system: You are a helpful assistant.
user:
Analyze the provided spectrum to determine if it is a **White Dwarf (WD)**.

A White Dwarf spectrum is defined by its **extreme purity** (due to gravitational settling) and/or **extreme pressure broadening** (due to high surface gravity). You must check for one of the following mutually exclusive signatures:

- **Key Visual Indicators (Check for ONE of these types):**

    - **1. DA-Type Signature (Most Common):**
        - **(Primary Feature):** Extreme pressure broadening (Stark broadening) of the **Hydrogen (H) Balmer lines**.
        - **(Key Lines):** $H\beta$ (approx. $4861$ Å) and $H\gamma$ (approx. $4340$ Å). $H\alpha$ (approx. $6563$ Å) will also be present if the wavelength range covers it.
        - **(Line Profile):** This is the **defining feature**. The lines are **NOT** sharp. They appear as massive, **extremely broad and deep "troughs" or "dips"** in the spectrum, often hundreds of Ångströms wide. The continuum will appear to "scoop" down at these wavelengths.
        - **(Distinction):** Normal A-type or B-type stars have *narrow* and *sharp* Hydrogen lines. A DA White Dwarf's lines are unmistakably "smeared" or "blurry" from pressure.

    - **2. DB-Type Signature:**
        - **(Primary Feature):** Broad absorption lines from **Neutral Helium (He I)**. The spectrum must lack any visible Hydrogen lines.
        - **(Key Lines):** Look for broad absorption near $4471$ Å, $4921$ Å, and $5876$ Å.
        - **(Line Profile):** These lines are also significantly pressure-broadened, appearing much wider than they would in a normal B-type main-sequence star.

    - **3. DC-Type Signature:**
        - **(Primary Feature):** A **featureless continuous spectrum**.
        - **(Line Profile):** The spectrum is a smooth curve with **no significant absorption or emission lines**.
        - **(Key Confirmation):** The continuum is almost always **blue or white**, indicating a hot object. This signature implies the atmosphere is so pure (or so cool) that no spectral lines are visible in the optical range. Its WD identity is confirmed by its extremely low intrinsic brightness (high absolute magnitude).

    - **4. DZ-Type Signature (Metal-Polluted):**
        - **(Primary Feature):** **Isolated, narrow metal absorption lines** on an otherwise featureless (DC-like) continuum.
        - **(Key Lines):** The **Calcium (Ca II) H & K doublet** (approx. **$3934$ Å** and **$3968$ Å**) is the most common and defining feature.
        - **(Line Profile):** These lines are "out of place." They are *not* part of a "forest" of thousands of lines. This signature is evidence of recent *accretion* (pollution) from rocky debris.
        - **(Distinction):** Normal G/K/M stars have a *dense forest* of thousands of metal lines. A DZ has a *clean* continuum with *only a few* strong metal lines.

    - **5. DQ-Type Signature (Carbon-Polluted):**
        - **(Primary Feature):** Absorption bands from **Carbon (C₂ "Swan Bands" or atomic C I)**.
        - **(Key Lines - C₂):** Look for bandheads with a "saw-tooth" shape near $5635$ Å, **$5165$ Å** (strongest), and $4737$ Å.
        - **(Key Confirmation):** The underlying **continuum must be blue or white** (hot).
        - **(Distinction):** This is the critical difference from a **Carbon Star**, which has the *exact same* C₂ bands but on an extremely **red, cool** continuum.

- **(Overall Spectrum):**
    - The continuum (overall shape) is typically **blue-sloping** (brighter in the blue than the red), as most white dwarfs are very hot.
    - The spectrum will look "pure" or "simple," dominated by only *one* of the five signatures listed above.

Think first, call **spectral_visualization_tool** if needed to examine features in detail, then provide your final answer. Your response must adhere to the following strict rules:
1.  **Overall Structure:** Your response must follow the format `<think>...</think> <tool_call>...</tool_call> (if a tool is used) <answer>...</answer>`.
2.  **Tool Usage Constraint:** You may only make **one** tool call per turn.
3.  **Final Answer Format:** In the `<answer>` tag, your conclusion must be inside a `\boxed{}` command (e.g., `\boxed{YES}` or `\boxed{NO}`), followed by your justification.

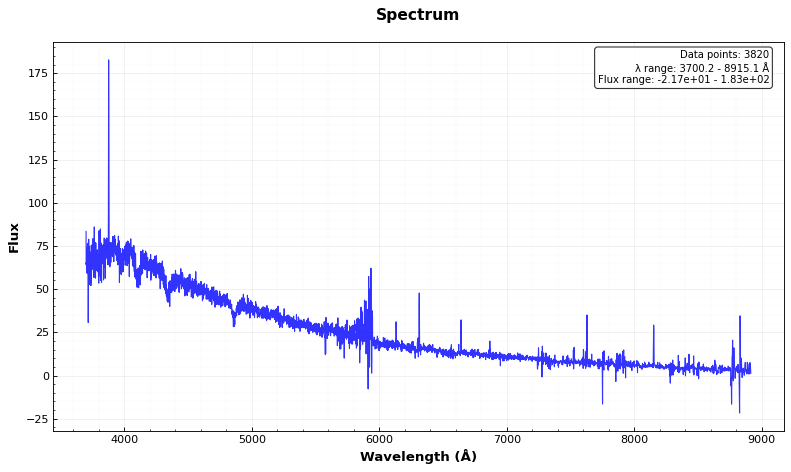
Answer: YES